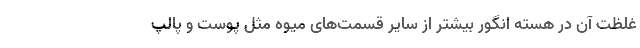
غلظت آن در هسته انگور بیشتر از سایر قسمت‌های میوه مثل پوست و پالپ